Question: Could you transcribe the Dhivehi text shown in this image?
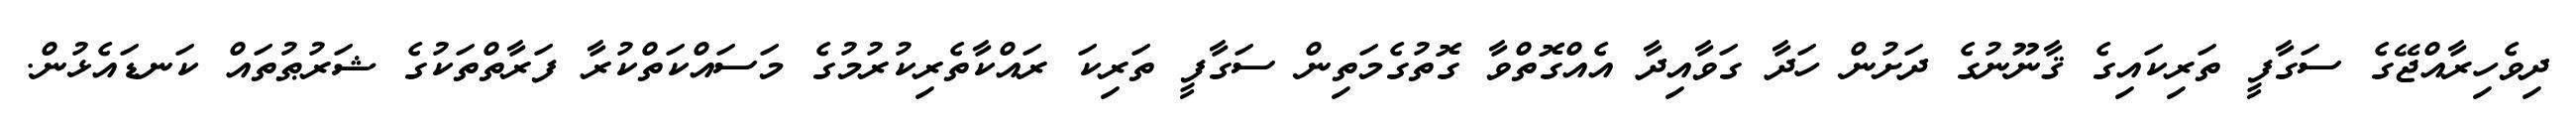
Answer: ދިވެހިރާއްޖޭގެ ސަގާފީ ތަރިކައިގެ ޤާނޫނުގެ ދަށުން ހަދާ ގަވާއިދާ އެއްގޮތްވާ ގޮތުގެމަތިން ސަގާފީ ތަރިކަ ރައްކާތެރިކުރުމުގެ މަސައްކަތްކުރާ ފަރާތްތަކުގެ ޝަރުޠުތައް ކަނޑައެޅުން.